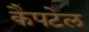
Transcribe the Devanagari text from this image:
कैपटेल